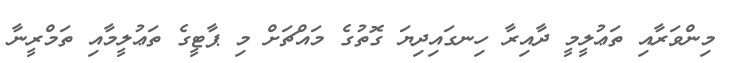
މިންވަރާއި ތަޢުލީމީ ދާއިރާ ހިނގައިދިޔަ ގޮތުގެ މައްޗަށް މި ޕާޓީގެ ތަޢުލީމާއި ތަމްރީނާ